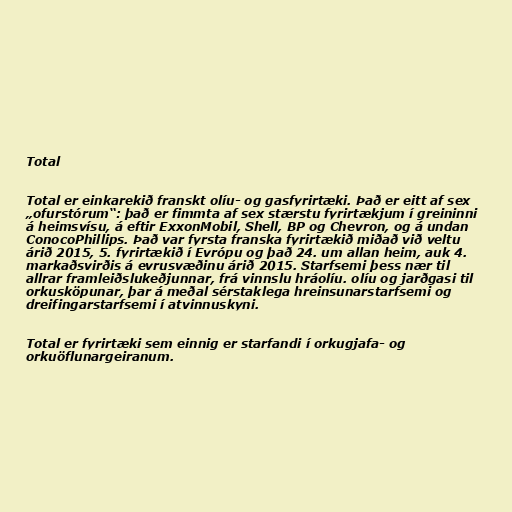
Total

Total er einkarekið franskt olíu- og gasfyrirtæki. Það er eitt af sex
„ofurstórum“: það er fimmta af sex stærstu fyrirtækjum í greininni
á heimsvísu, á eftir ExxonMobil, Shell, BP og Chevron, og á undan
ConocoPhillips. Það var fyrsta franska fyrirtækið miðað við veltu
árið 2015, 5. fyrirtækið í Evrópu og það 24. um allan heim, auk 4.
markaðsvirðis á evrusvæðinu árið 2015. Starfsemi þess nær til
allrar framleiðslukeðjunnar, frá vinnslu hráolíu. olíu og jarðgasi til
orkusköpunar, þar á meðal sérstaklega hreinsunarstarfsemi og
dreifingarstarfsemi í atvinnuskyni.

Total er fyrirtæki sem einnig er starfandi í orkugjafa- og
orkuöflunargeiranum.